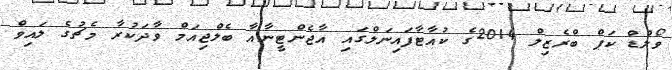
ވޯލްޑް ކަޕް ބްރެޒިލް 2014ގެ ކުއާޓާފައިނަލްގައި އާޖެންޓީނާއާ ބެލްޖިއަމް ވާދަކުރާ މެޗުގެ ލައިވް